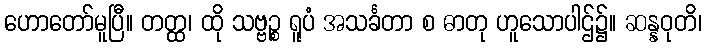
ဟောတော်မူပြီ။ တတ္ထ၊ ထို သဗ္ဗဉ္စ ရူပံ အသင်္ခတာ စ ဓာတု ဟူသောပါဌ်၌။ ဆန္နဝုတိ၊